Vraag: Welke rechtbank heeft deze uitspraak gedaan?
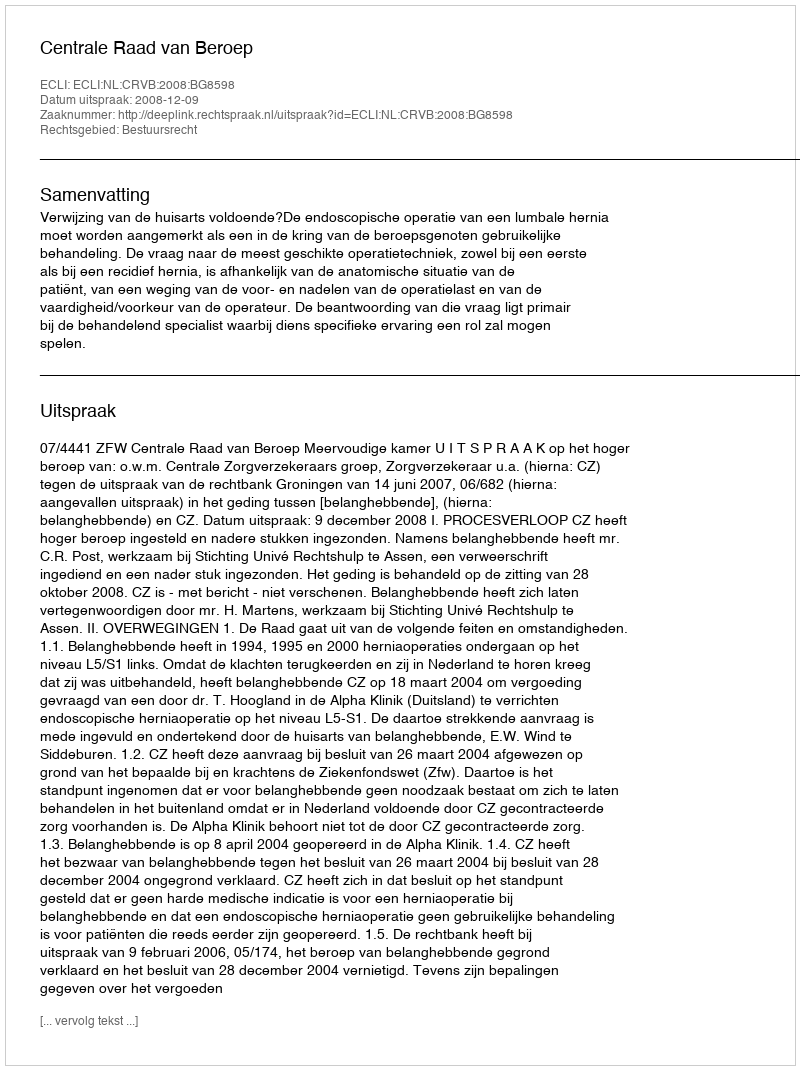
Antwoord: Centrale Raad van Beroep